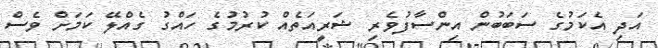
އަދި އެކަމުގެ ސަބަބުން އިންސާފުވެރި ޝަރީއަތެއް ކުރުމުގެ ހައްގު ގެއްލޭ ކަމަށް ވެސް